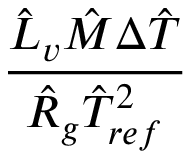
\frac { \hat { L } _ { v } \hat { M } \Delta \hat { T } } { \hat { R } _ { g } \hat { T } _ { r e f } ^ { 2 } }